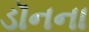
ડૉનના